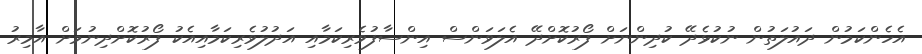
އެހެންކަމުން ދައުލަތުން ނުކުޅެދޭ ކުދިންނަށް ފޯރުކޮށްދޭ އެލަވަންސް އިންސާފުވެރިކަމާއި އަދުލުވެރިކަމާއިއެކު ފޯރުކޮށްދިނުމަށް އާމިރު